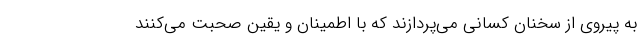
به پیروی از سخنان کسانی می‌پردازند که با اطمینان و یقین صحبت می‌کنند